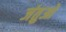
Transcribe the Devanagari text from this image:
जंतुओ